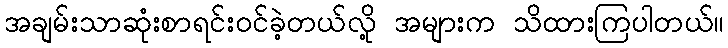
အချမ်းသာဆုံးစာရင်းဝင်ခဲ့တယ်လို့ အများက သိထားကြပါတယ်။